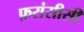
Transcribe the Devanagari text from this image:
फ़रांसीसी